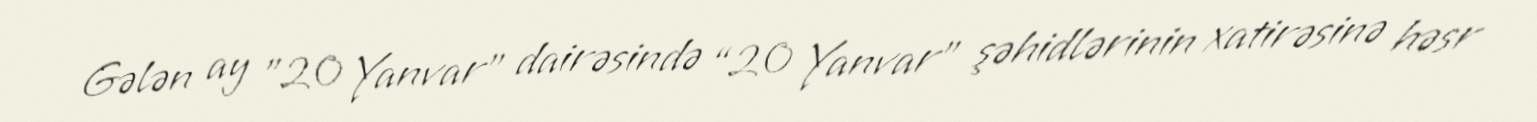
Gələn ay ”20 Yanvar" dairəsində “20 Yanvar” şəhidlərinin xatirəsinə həsr